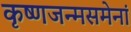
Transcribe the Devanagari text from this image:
कृष्णजन्मसमेनां